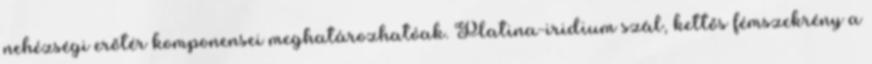
nehézségi erőtér komponensei meghatározhatóak. Platina-iridium szál, kettős fémszekrény a